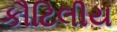
કૌટિલીય